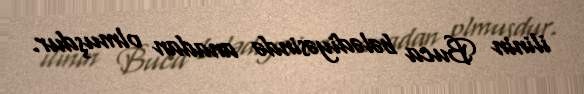
ilinin Buca bələdiyəsində anadan olmuşdur.